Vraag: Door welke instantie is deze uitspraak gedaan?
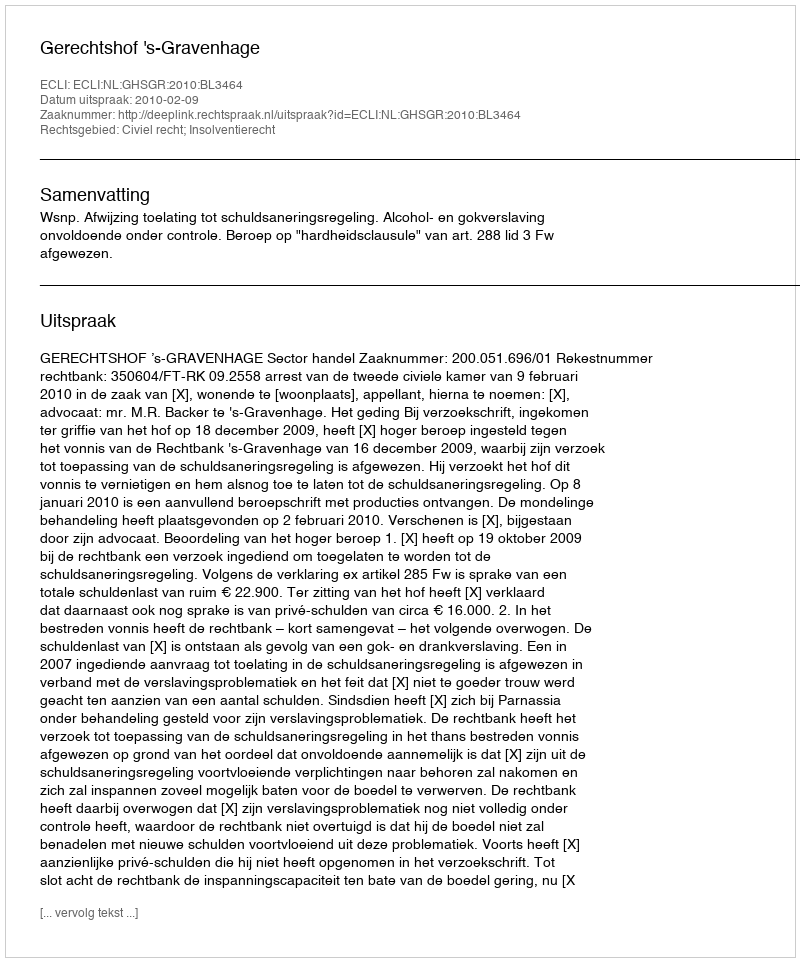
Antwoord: Gerechtshof 's-Gravenhage